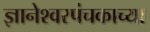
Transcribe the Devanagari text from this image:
ज्ञानेश्वरपंचकाच्या